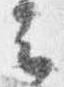
云